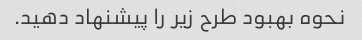
نحوه بهبود طرح زیر را پیشنهاد دهید.